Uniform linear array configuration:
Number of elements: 32
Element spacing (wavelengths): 0.25
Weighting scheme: exponential
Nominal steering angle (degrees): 0
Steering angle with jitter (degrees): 1.069
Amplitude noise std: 0.05
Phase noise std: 0.05

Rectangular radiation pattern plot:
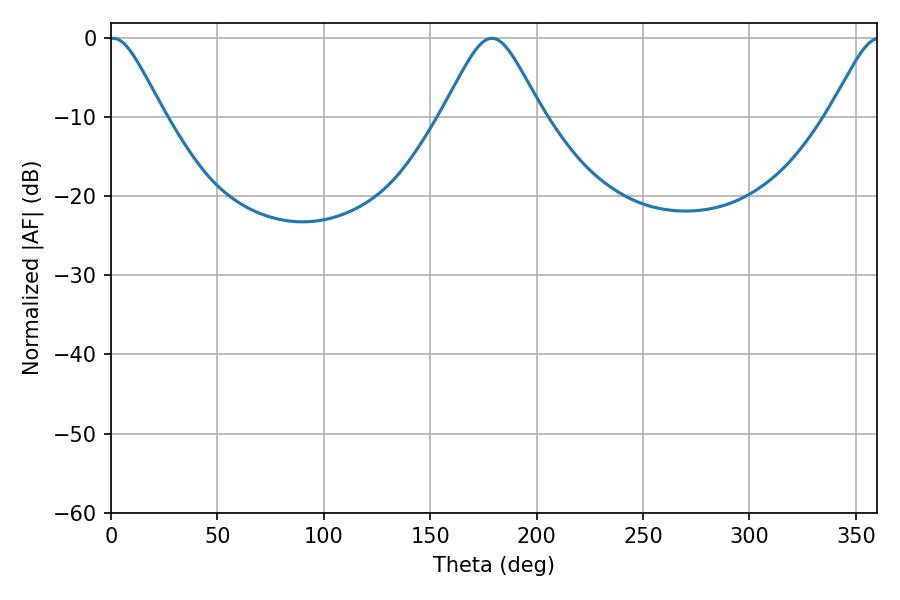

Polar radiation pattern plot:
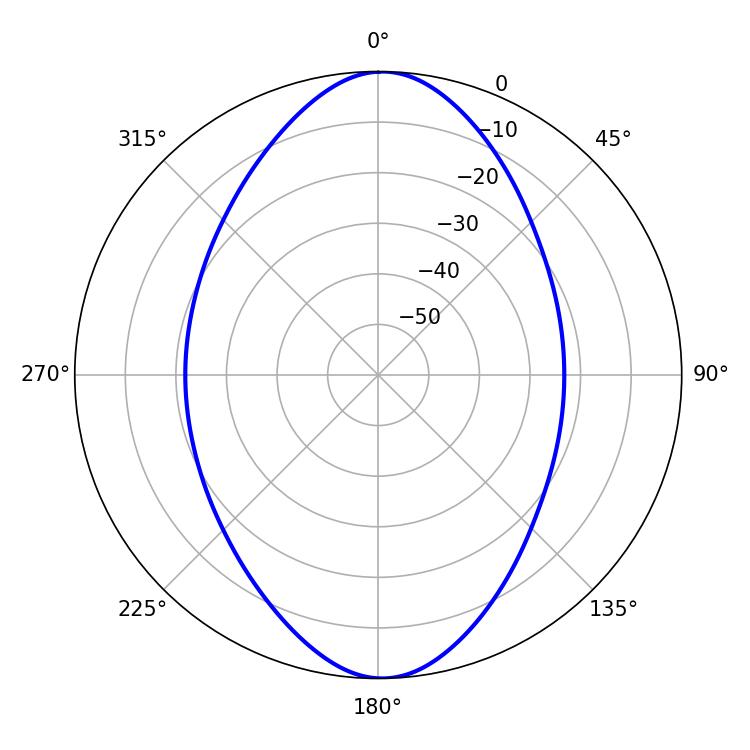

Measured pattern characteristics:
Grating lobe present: FALSE
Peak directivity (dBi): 23.329
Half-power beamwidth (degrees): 12.42
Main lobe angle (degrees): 1.08